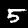
Label: 5